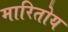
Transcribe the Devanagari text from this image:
मारितोय